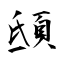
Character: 𩑾